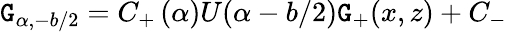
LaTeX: \mathtt{G}_{\alpha,-b/2}=C_{+}\, (\alpha)U(\alpha-b/2){\mathcal{{\mathtt{G}}}}_{+}(x,z)+C_{-}